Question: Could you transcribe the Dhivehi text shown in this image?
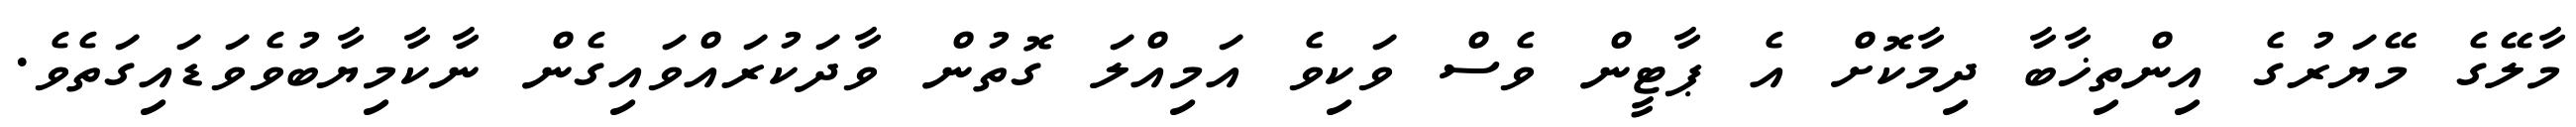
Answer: މާލޭގެ މޭޔަރުގެ އިންތިޚާބާ ދިމާކޮށް އެ ޕާޓީން ވެސް ވަކިވެ އަމިއްލަ ގޮތުން ވާދަކުރައްވައިގެން ނާކާމިޔާބުވެވަޑައިގަތެވެ.